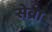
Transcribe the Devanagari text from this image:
सेव्रा